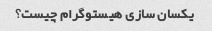
یکسان سازی هیستوگرام چیست؟